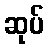
ဆုပ်